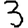
Digit: 3